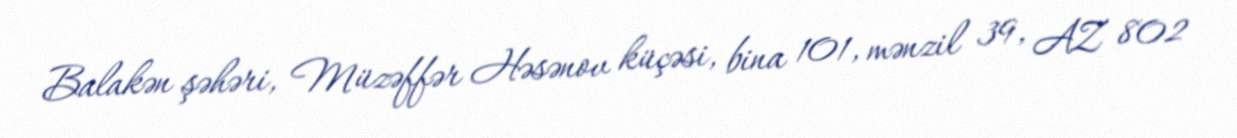
Balakən şəhəri, Müzəffər Həsənov küçəsi, bina 101, mənzil 39, AZ 802